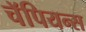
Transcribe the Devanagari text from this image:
चॅपियन्स